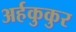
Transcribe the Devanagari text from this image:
अर्हकुकुर